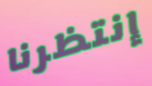
إنتظرنا